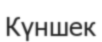
Күншек